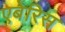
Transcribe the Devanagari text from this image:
एबेरिस